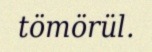
tömörül.